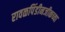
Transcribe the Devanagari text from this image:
रावळपिंडीनजीकच्या